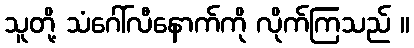
သူတို့ သံဂေါ်လီနောက်ကို လိုက်ကြသည် ။